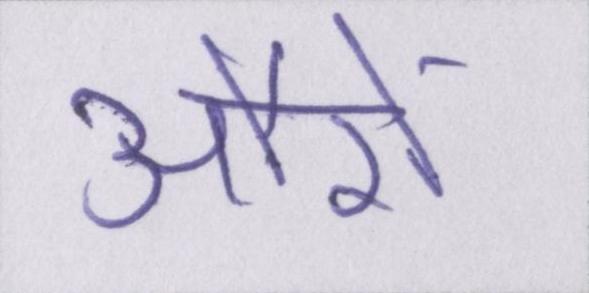
औरों